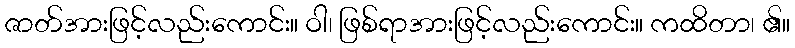
ဇာတ်အားဖြင့်လည်းကောင်း။ ဝါ၊ ဖြစ်ရာအားဖြင့်လည်းကောင်း။ ကထိတာ၊ ၏။